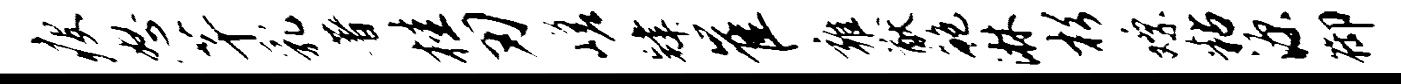
瘦怒芊乳著桂刃嵯肄崔雍猷鲍淋杉嫖粘源御